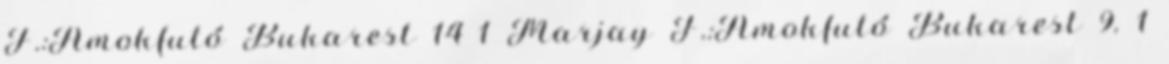
F.:Ámokfutó Bukarest 14 1 Marjay F.:Ámokfutó Bukarest 9. 1